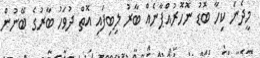
މީދެނަ ކިހާ ބޮޑު ނޮހޮރުއްޕާނެއް ބާރު ލިބިފައި އޮތް ދުވަހު ބާރުގެ ބޭނުން